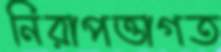
নিরাপত্তাগত